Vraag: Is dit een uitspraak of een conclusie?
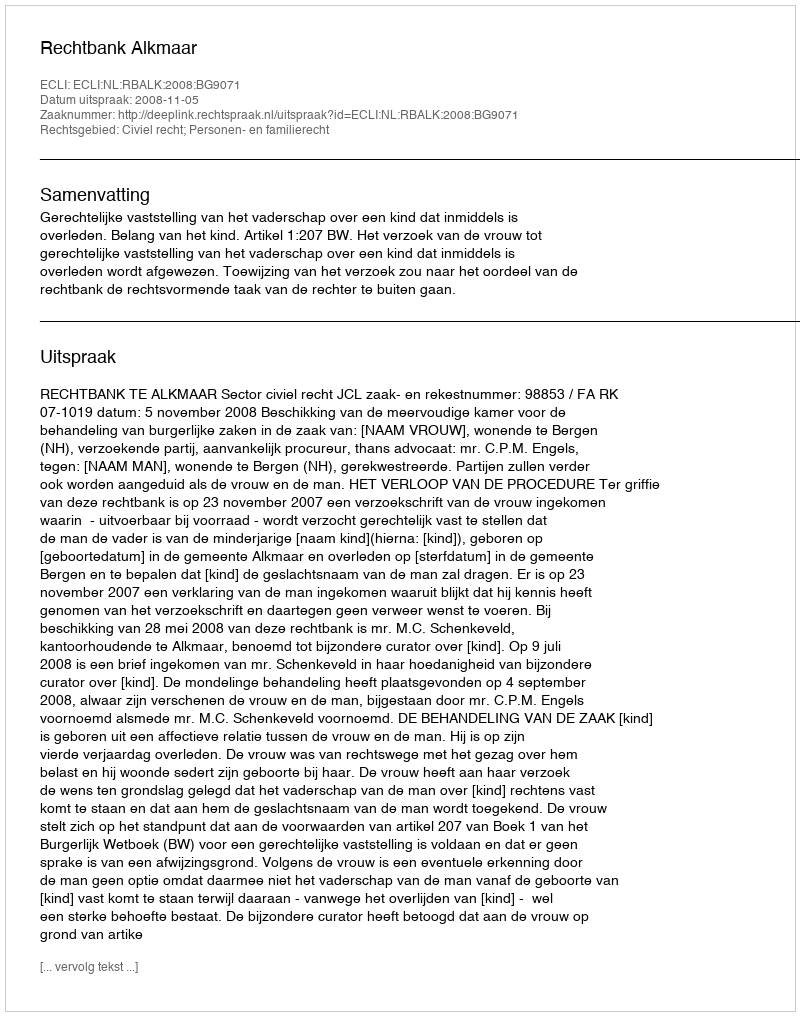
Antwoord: Uitspraak